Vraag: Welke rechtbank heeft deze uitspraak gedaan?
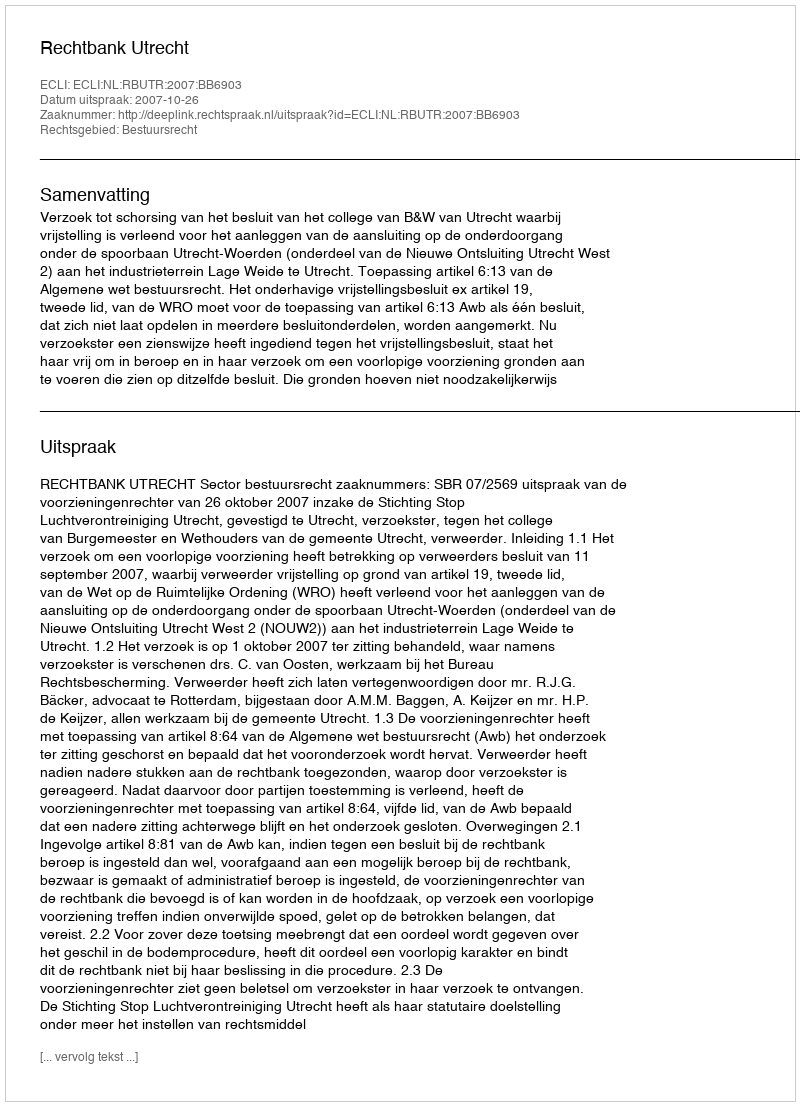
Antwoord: Rechtbank Utrecht